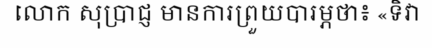
លោក សុប្រាជ្ញ មានការព្រួយបារម្ភថា៖ «ទិវា